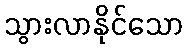
သွားလာနိုင်သော